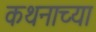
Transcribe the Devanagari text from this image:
कथनाच्या